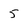
Character: 5